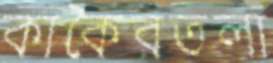
কাকৈরতলা